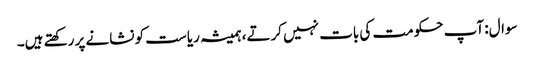
سوال: آپ حکومت کی بات نہیں کرتے، ہمیشہ ریاست کو نشانے پر رکھتے ہیں۔